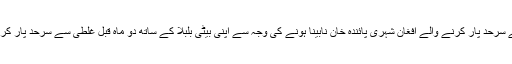
میڈیا رپورٹس کے مطابق غلطی سے سرحد پار کرنے والے افغان شہری پائندہ خان نابینا ہونے کی وجہ سے اپنی بیٹی بلبلا کے ساتھ دو ماہ قبل غلطی سے سرحد پار کر کے پاکستان کی حدود میں داخل ہوا۔